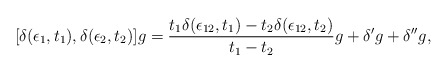
\begin{align*}[\delta(\epsilon_1, t_1), \delta(\epsilon_2, t_2)]g ={t_1 \delta (\epsilon_{12}, t_1) -t_2 \delta (\epsilon_{12}, t_2)\over t_1 - t_2}g +\delta^{\prime}g+ \delta^{\prime\prime}g ,\end{align*}